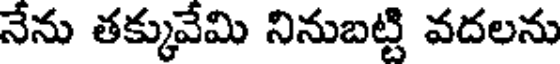
నేను తక్కువేమి నినుబట్టి వదలను